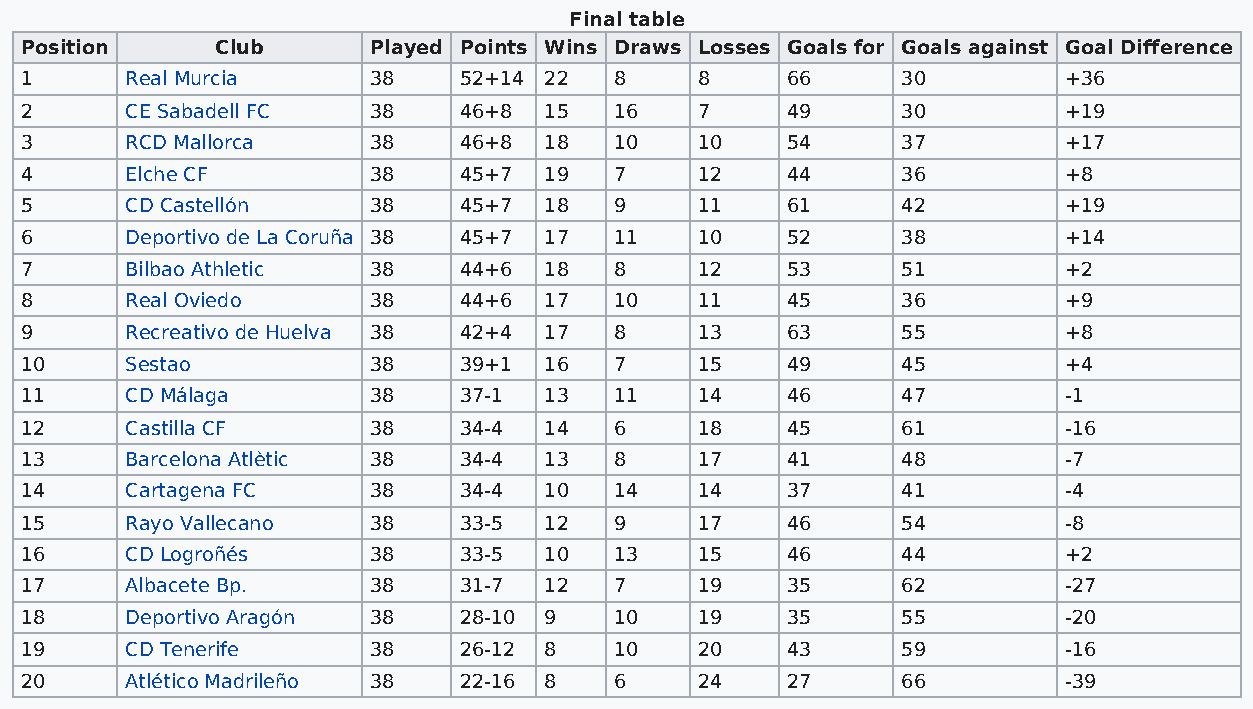
Final table
 Position     Club      Played Points Wins Draws Losses Goals for Goals against Goal Difference
 1      Real Murcia     38    52+14 22   8    8     66      30        +36
 2      CE Sabadell FC  38    46+8  15   16   7     49      30        +19
 3      RCD Mallorca    38    46+8  18   10   10    54      37        +17
 4      Elche CF        38    45+7  19   7    12    44      36        +8
 5      CD Castellón    38    45+7  18   9    11    61      42        +19
 6      Deportivo de La Coruña 38 45+7 17 11  10    52      38        +14
 7      Bilbao Athletic 38    44+6  18   8    12    53      51        +2
 8      Real Oviedo     38    44+6  17   10   11    45      36        +9
 9      Recreativo de Huelva 38 42+4 17  8    13    63      55        +8
 10     Sestao          38    39+1  16   7    15    49      45        +4
 11     CD Málaga       38    37-1  13   11   14    46      47        -1
 12     Castilla CF     38    34-4  14   6    18    45      61        -16
 13     Barcelona Atlètic 38  34-4  13   8    17    41      48        -7
 14     Cartagena FC    38    34-4  10   14   14    37      41        -4
 15     Rayo Vallecano  38    33-5  12   9    17    46      54        -8
 16     CD Logroñés     38    33-5  10   13   15    46      44        +2
 17     Albacete Bp.    38    31-7  12   7    19    35      62        -27
 18     Deportivo Aragón 38   28-10 9    10   19    35      55        -20
 19     CD Tenerife     38    26-12 8    10   20    43      59        -16
 20     Atlético Madrileño 38 22-16 8    6    24    27      66        -39